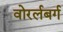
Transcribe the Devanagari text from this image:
वोरर्लबर्ग